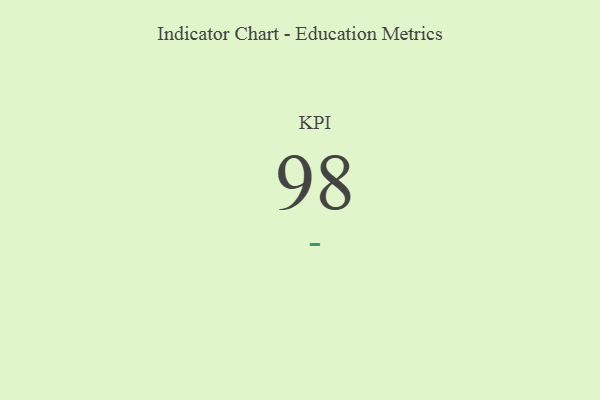
{"axis": {"x": "KPI", "y": "Value"}, "legend": [""], "data": [{"x": "KPI", "y": 98, "type": ""}]}